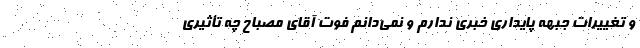
و تغییرات جبهه پایداری خبری ندارم و نمی‌دانم فوت آقای مصباح چه تأثیری